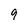
Character: 9